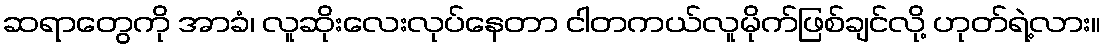
ဆရာတွေကို အာခံ၊ လူဆိုးလေးလုပ်နေတာ ငါတကယ်လူမိုက်ဖြစ်ချင်လို့ ဟုတ်ရဲ့လား။